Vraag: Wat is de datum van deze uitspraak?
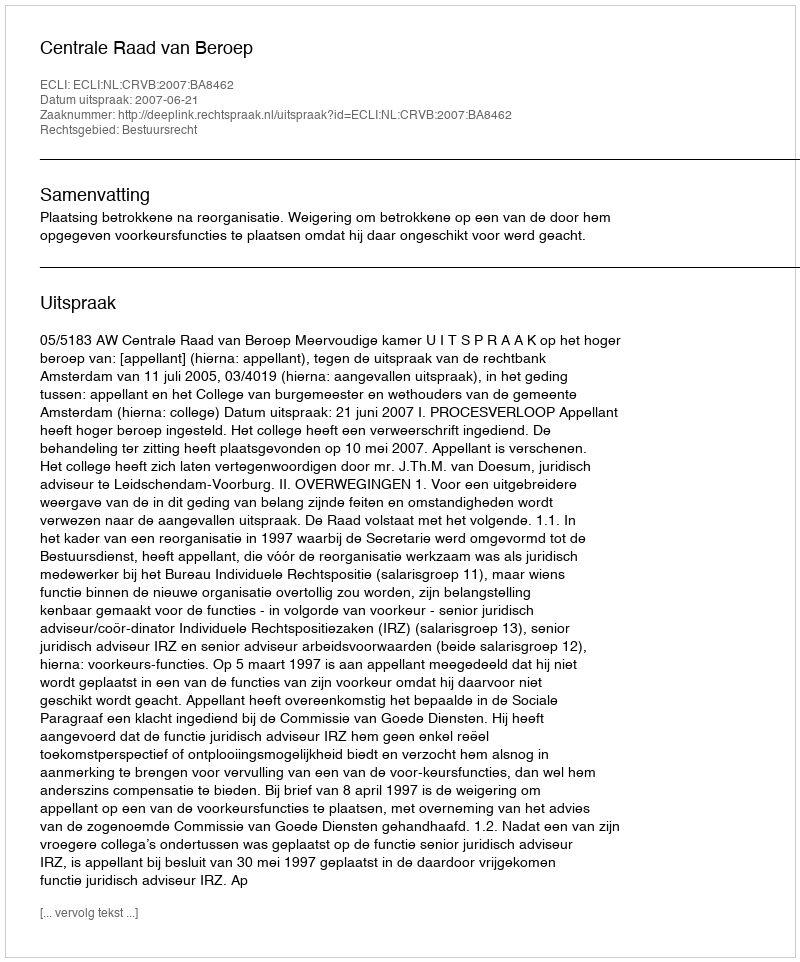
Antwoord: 2007-06-21